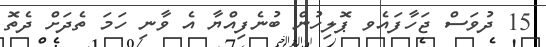
15 ދުވަސް ޖަހާފައެވ ޕޮލިހުން ބުނެފިއްޔާ އެ ވާނި ހަމަ ތެދަށް ދެތޮ